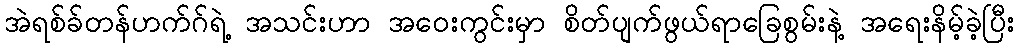
အဲရစ်ခ်တန်ဟက်ဂ်ရဲ့ အသင်းဟာ အဝေးကွင်းမှာ စိတ်ပျက်ဖွယ်ရာခြေစွမ်းနဲ့ အရေးနိမ့်ခဲ့ပြီး